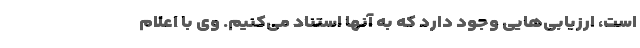
است، ارزیابی‌هایی وجود دارد که به آنها استناد می‌کنیم. وی با اعلام